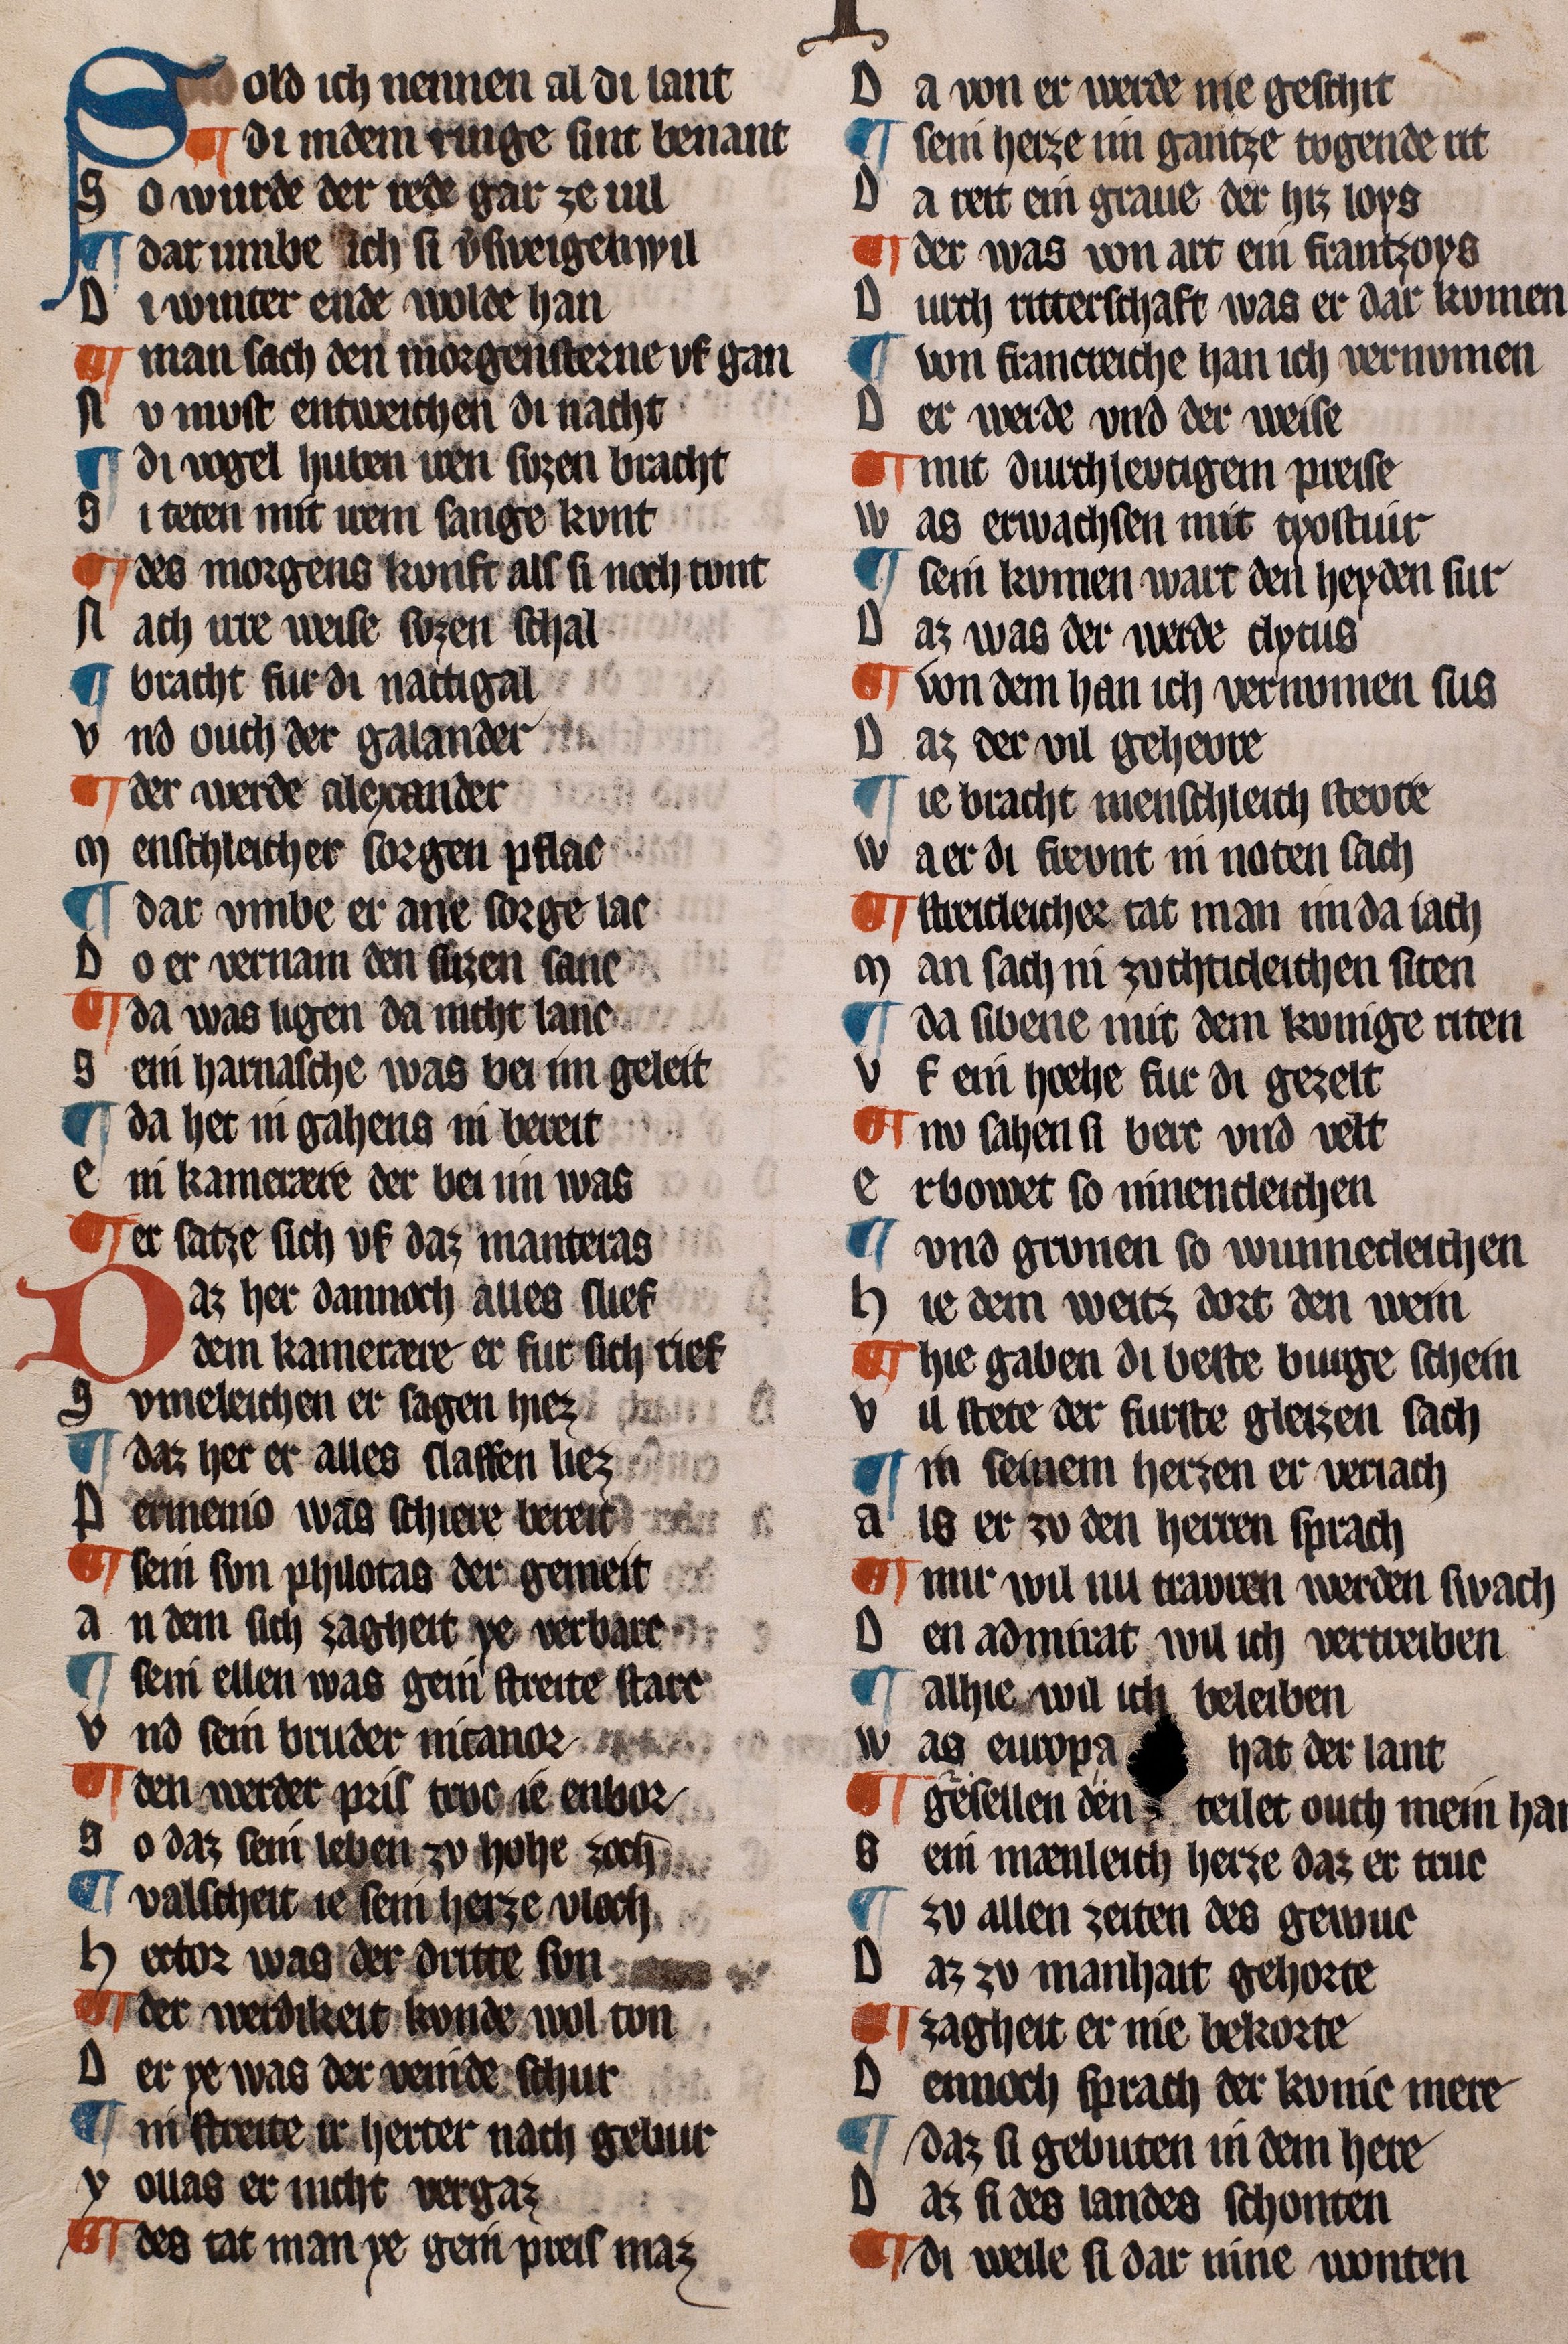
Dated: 1322–1322